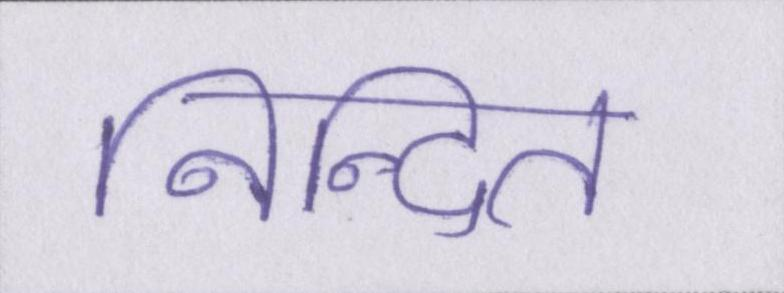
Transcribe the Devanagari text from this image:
निन्दित